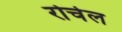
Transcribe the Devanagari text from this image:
रोचेल